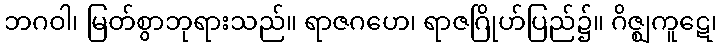
ဘဂဝါ၊ မြတ်စွာဘုရားသည်။ ရာဇဂဟေ၊ ရာဇဂြိုဟ်ပြည်၌။ ဂိဇ္ဈကူဋေ၊